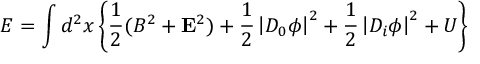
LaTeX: { \cal E } = \int d ^ { 2 } x \left\{ \frac 1 2 ( B ^ { 2 } + { \bf E } ^ { 2 } ) + \frac 1 2 \left| D _ { 0 } \phi \right| ^ { 2 } + \frac 1 2 \left| D _ { i } \phi \right| ^ { 2 } + U \right\}